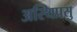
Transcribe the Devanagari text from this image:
अस्थिप्रसु